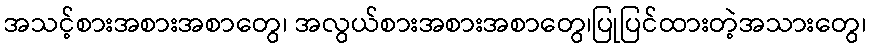
အသင့်စားအစားအစာတွေ၊ အလွယ်စားအစားအစာတွေ၊ပြုပြင်ထားတဲ့အသားတွေ၊